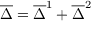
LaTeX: \overline { { { \Delta } } } = \overline { { { \Delta } } } ^ { 1 } + \overline { { { \Delta } } } ^ { 2 }